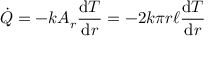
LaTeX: { \dot { Q } } = - k A _ { r } { \frac { \mathrm { d } T } { \mathrm { d } r } } = - 2 k \pi r \ell { \frac { \mathrm { d } T } { \mathrm { d } r } }